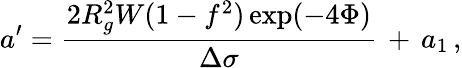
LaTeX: a^{\prime}=\frac{2R_{g}^{2}W(1-f^{2})\exp(-4\Phi)}{\Delta\sigma}\, +\, a_{1}\, ,